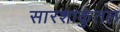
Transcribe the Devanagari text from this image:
सारशाकुंतल